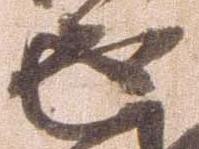
返